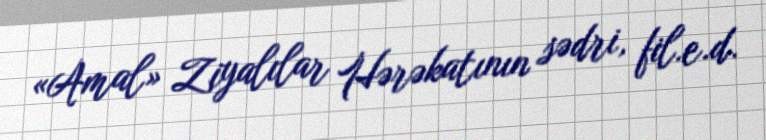
«Amal» Ziyalılar Hərəkatının sədri, fil.e.d.